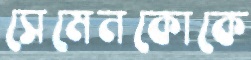
সেমেনকোকে